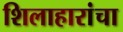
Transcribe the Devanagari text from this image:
शिलाहारांचा